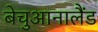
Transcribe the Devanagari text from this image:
बेचुआनालैंड